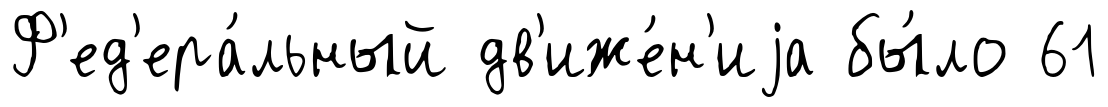
Ф'ед'ера́льный дв'иже́н'иjа бы́ло 61